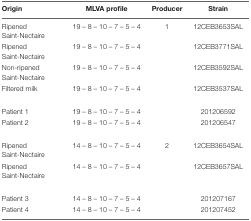
<table><thead><tr><td><b>Origin</b></td><td><b>MLVA profile</b></td><td><b>Producer</b></td><td><b>Strain</b></td></tr></thead><tbody><tr><td>Ripened Saint-Nectaire</td><td>19 – 8 – 10 – 7 – 5 – 4</td><td>1</td><td>12CEB3653SAL</td></tr><tr><td>Ripened Saint-Nectaire</td><td>19 – 8 – 10 – 7 – 5 – 4</td><td></td><td>12CEB3771SAL</td></tr><tr><td>Non-ripened Saint-Nectaire</td><td>19 – 8 – 10 – 7 – 5 – 4</td><td></td><td>12CEB3592SAL</td></tr><tr><td>Filtered milk</td><td>19 – 8 – 10 – 7 – 5 – 4</td><td></td><td>12CEB3537SAL</td></tr><tr><td>Patient 1</td><td>19 – 8 – 10 – 7 – 5 – 4</td><td></td><td>201206592</td></tr><tr><td>Patient 2</td><td>19 – 8 – 10 – 7 – 5 – 4</td><td></td><td>201206547</td></tr><tr><td>Ripened Saint-Nectaire</td><td>14 – 8 – 10 – 7 – 5 – 4</td><td>2</td><td>12CEB3654SAL</td></tr><tr><td>Ripened Saint-Nectaire</td><td>14 – 8 – 10 – 7 – 5 – 4</td><td></td><td>12CEB3657SAL</td></tr><tr><td>Patient 3</td><td>14 – 8 – 10 – 7 – 5 – 4</td><td></td><td>201207167</td></tr><tr><td>Patient 4</td><td>14 – 8 – 10 – 7 – 5 – 4</td><td></td><td>201207452</td></tr></tbody></table>